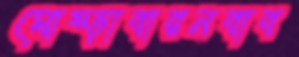
মোষ্‌ড়াবারনবাব